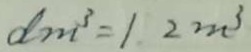
d m ^ { 3 } = 1 . 2 m ^ { 3 }